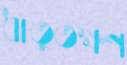
ধাতুতক্ষণ